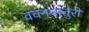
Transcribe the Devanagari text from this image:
वचनचातुरी